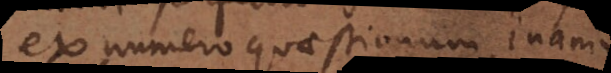
ex numero quaestionum inanium